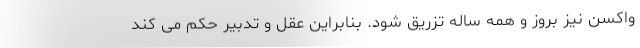
واکسن نیز بروز و همه ساله تزریق شود. بنابراین عقل و تدبیر حکم می کند